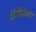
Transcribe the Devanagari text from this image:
वेमिनिस्टर